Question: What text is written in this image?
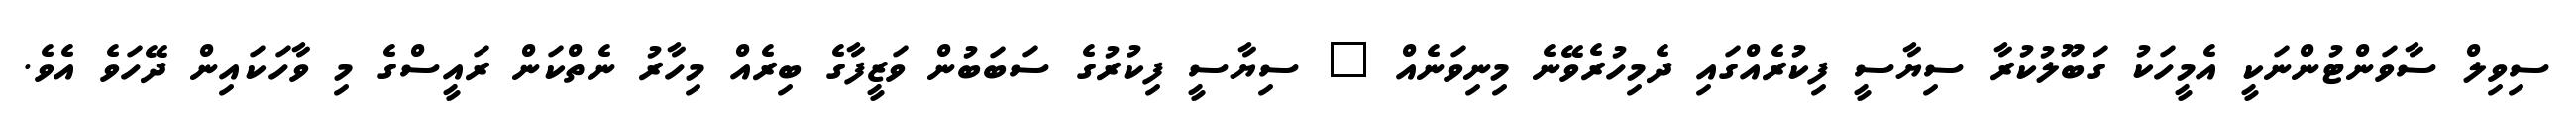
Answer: ސިވިލް ސާވަންޓުންނަކީ އެމީހަކު ގަބޫލުކުރާ ސިޔާސީ ފިކުރެއްގައި ދެމިހުރެވޭނެ މިނިވަނެއް " ސިޔާސީ ފިކުރުގެ ސަބަބުން ވަޒީފާގެ ބިރެއް މިހާރު ނެތްކަން ރައީސްގެ މި ވާހަކައިން ދޭހަވެ އެވެ.